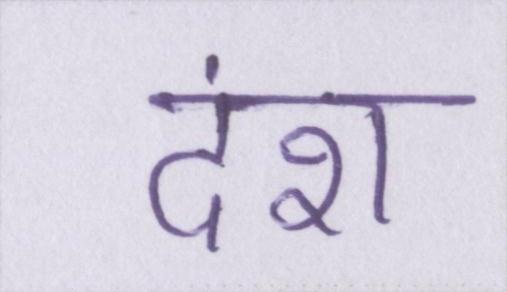
दंश